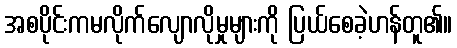
အစပိုင်းကမလိုက်လျောလိုမှုများကို ပြယ်စေခဲ့ဟန်တူ၏။